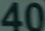
40